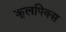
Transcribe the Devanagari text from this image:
कूलपिक्स